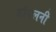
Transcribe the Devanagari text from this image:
डॉयलनी